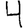
Digit: 4